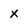
Character: x